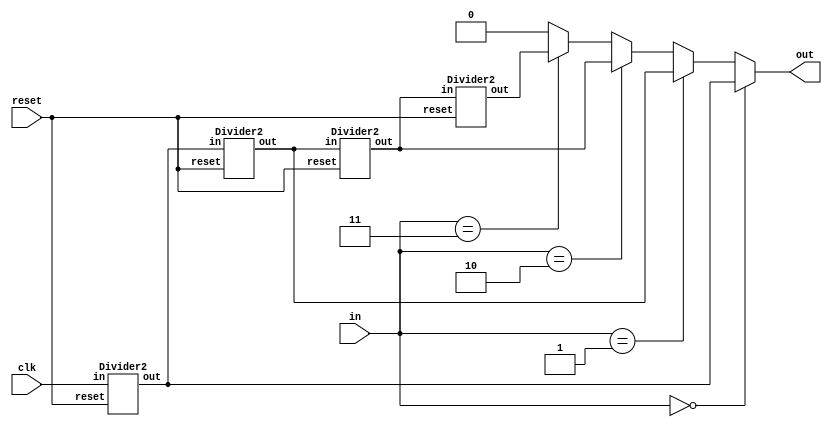
`timescale 1ns / 1ps
//////////////////////////////////////////////////////////////////////////////////
// Company: 
// Engineer: 
// 
// Design Name: 
// Module Name: modulator
// Project Name: 
// Target Devices: 
// Tool Versions: 
// Description: 
// 
// Dependencies: 
// 
// Revision:
// Revision 0.01 - File Created
// Additional Comments:
// 
//////////////////////////////////////////////////////////////////////////////////


module modulator (
    input wire clk,
    input wire reset,
    input [1:0] in,
    output wire out    
   );
    
	wire	signal2, signal4, signal8, signal16;
	Divider2 divider2(.reset(reset), .in(clk), .out(signal2));
	Divider2 divider4(.reset(reset), .in(signal2), .out(signal4));
	Divider2 divider8(.reset(reset), .in(signal4), .out(signal8));
	Divider2 divider16(.reset(reset), .in(signal8), .out(signal16));

	assign out 	= 	(in==2'd0)?signal2:
				(in==2'd1)?signal4:
				(in==2'd2)?signal8:
				(in==2'd3)?signal16:1'd0;
endmodule

module Divider2(reset, in, out);            // divide by 2
    input		in, reset;
    output reg	out;
    reg	[3: 0] 	count;

    always @ (posedge in or negedge reset) 
    begin
        if(~reset) 
        begin
            out   <= 1'b0;
            count <= 1'b0;
        end 
        else 
        begin
            count = count + 1'b1;
            if(count == 4'd1) begin
                out   <= ~out;
                count <= 0;
            end
        end
    end
endmodule